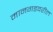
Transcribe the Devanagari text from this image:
मानगडवरील